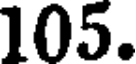
105.